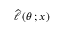
{ \widehat { \ell \, } } ( \theta \, ; x )